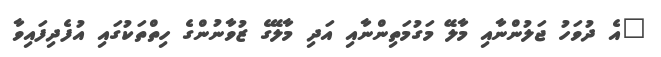
"އެ ދުވަހު ޖަލުންނާއި މާލޭ މަގުމަތިންނާއި އަދި މާލޭގެ ޒުވާނުންގެ ހިތްތަކުގައި އުފެދިފައިވާ